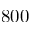
8 0 0